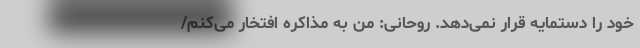
خود را دستمایه قرار نمی‌دهد. روحانی: من به مذاکره افتخار می‌کنم/